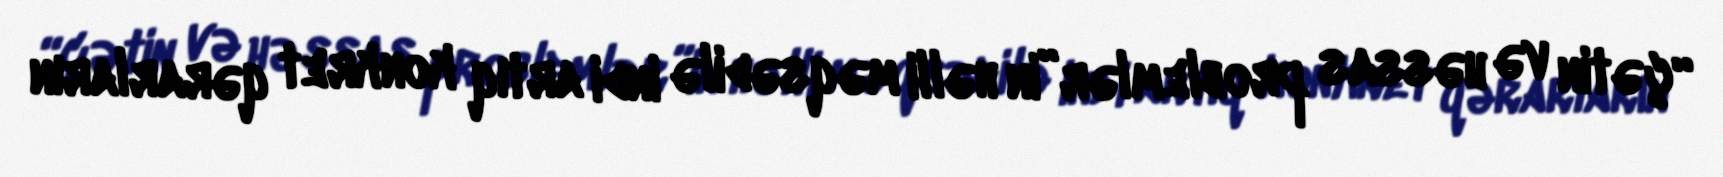
“çətin və həssas problemlər”in həlli məqsədilə indi artıq konkret qərarların